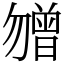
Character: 㬟